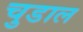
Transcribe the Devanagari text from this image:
चुडाल